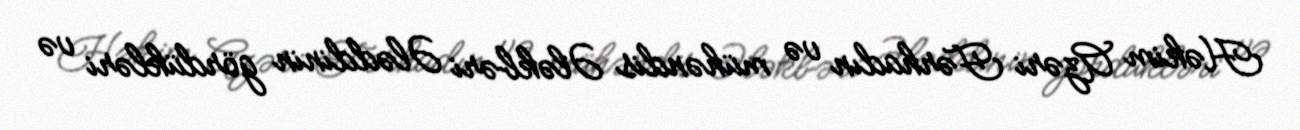
Həkim Azəri Fərhadın və mühəndis Ələkbəri Ələddinin gördükləri və